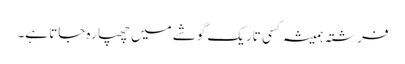
فرشتہ ہمیشہ کسی تاریک گوشے میں چھپا رہ جاتا ہے۔